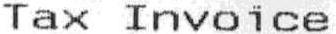
TAX INVOICE